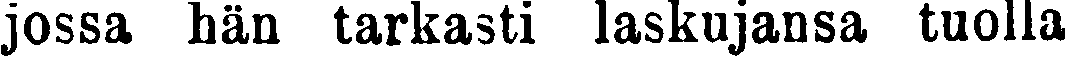
jossa hän tarkasti laskujansa tuolla